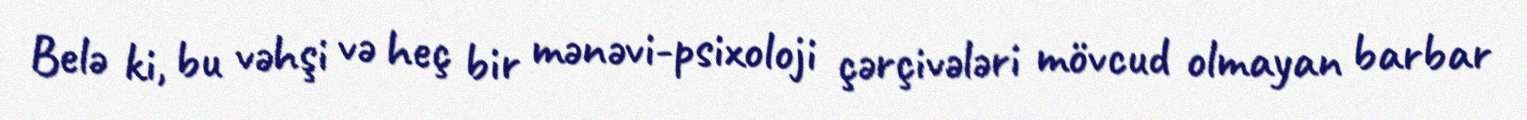
Belə ki, bu vəhşi və heç bir mənəvi-psixoloji çərçivələri mövcud olmayan barbar